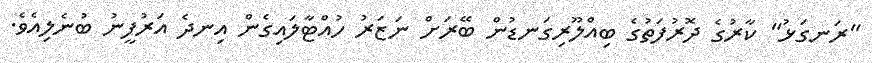
"ރަނގަޅު" ކާރުގެ ދޮރުފަތުގެ ބިއްލޫރިގަނޑުން ބޭރަށް ނަޒަރު ހުއްޓާލައިގެން އިނދެ އަރުފީނު ބުނެލިއެވެ.